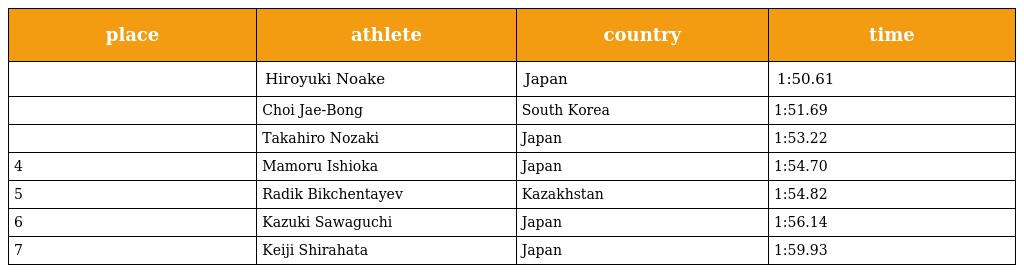
| place | athlete | country | time |
 | --- | --- | --- | --- |
 |  | Hiroyuki Noake | Japan | 1:50.61 |
 |  | Choi Jae-Bong | South Korea | 1:51.69 |
 |  | Takahiro Nozaki | Japan | 1:53.22 |
 | 4 | Mamoru Ishioka | Japan | 1:54.70 |
 | 5 | Radik Bikchentayev | Kazakhstan | 1:54.82 |
 | 6 | Kazuki Sawaguchi | Japan | 1:56.14 |
 | 7 | Keiji Shirahata | Japan | 1:59.93 |